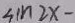
4 1 m 2 x -